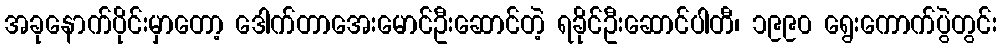
အခုနောက်ပိုင်းမှာတော့ ဒေါက်တာအေးမောင်ဦးဆောင်တဲ့ ရခိုင်ဦးဆောင်ပါတီ၊ ၁၉၉၀ ရွေးကောက်ပွဲတွင်း